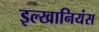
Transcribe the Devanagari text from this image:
इल्खानियंस